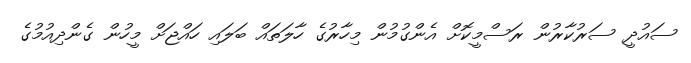
ސައުދީ ސަރުކާރުން ރަސްމީކޮށް އެންގުމުން މިހާރުގެ ހާލަތައް ބަލައި ހައްޖަށް މީހުން ގެންދިއުމުގެ